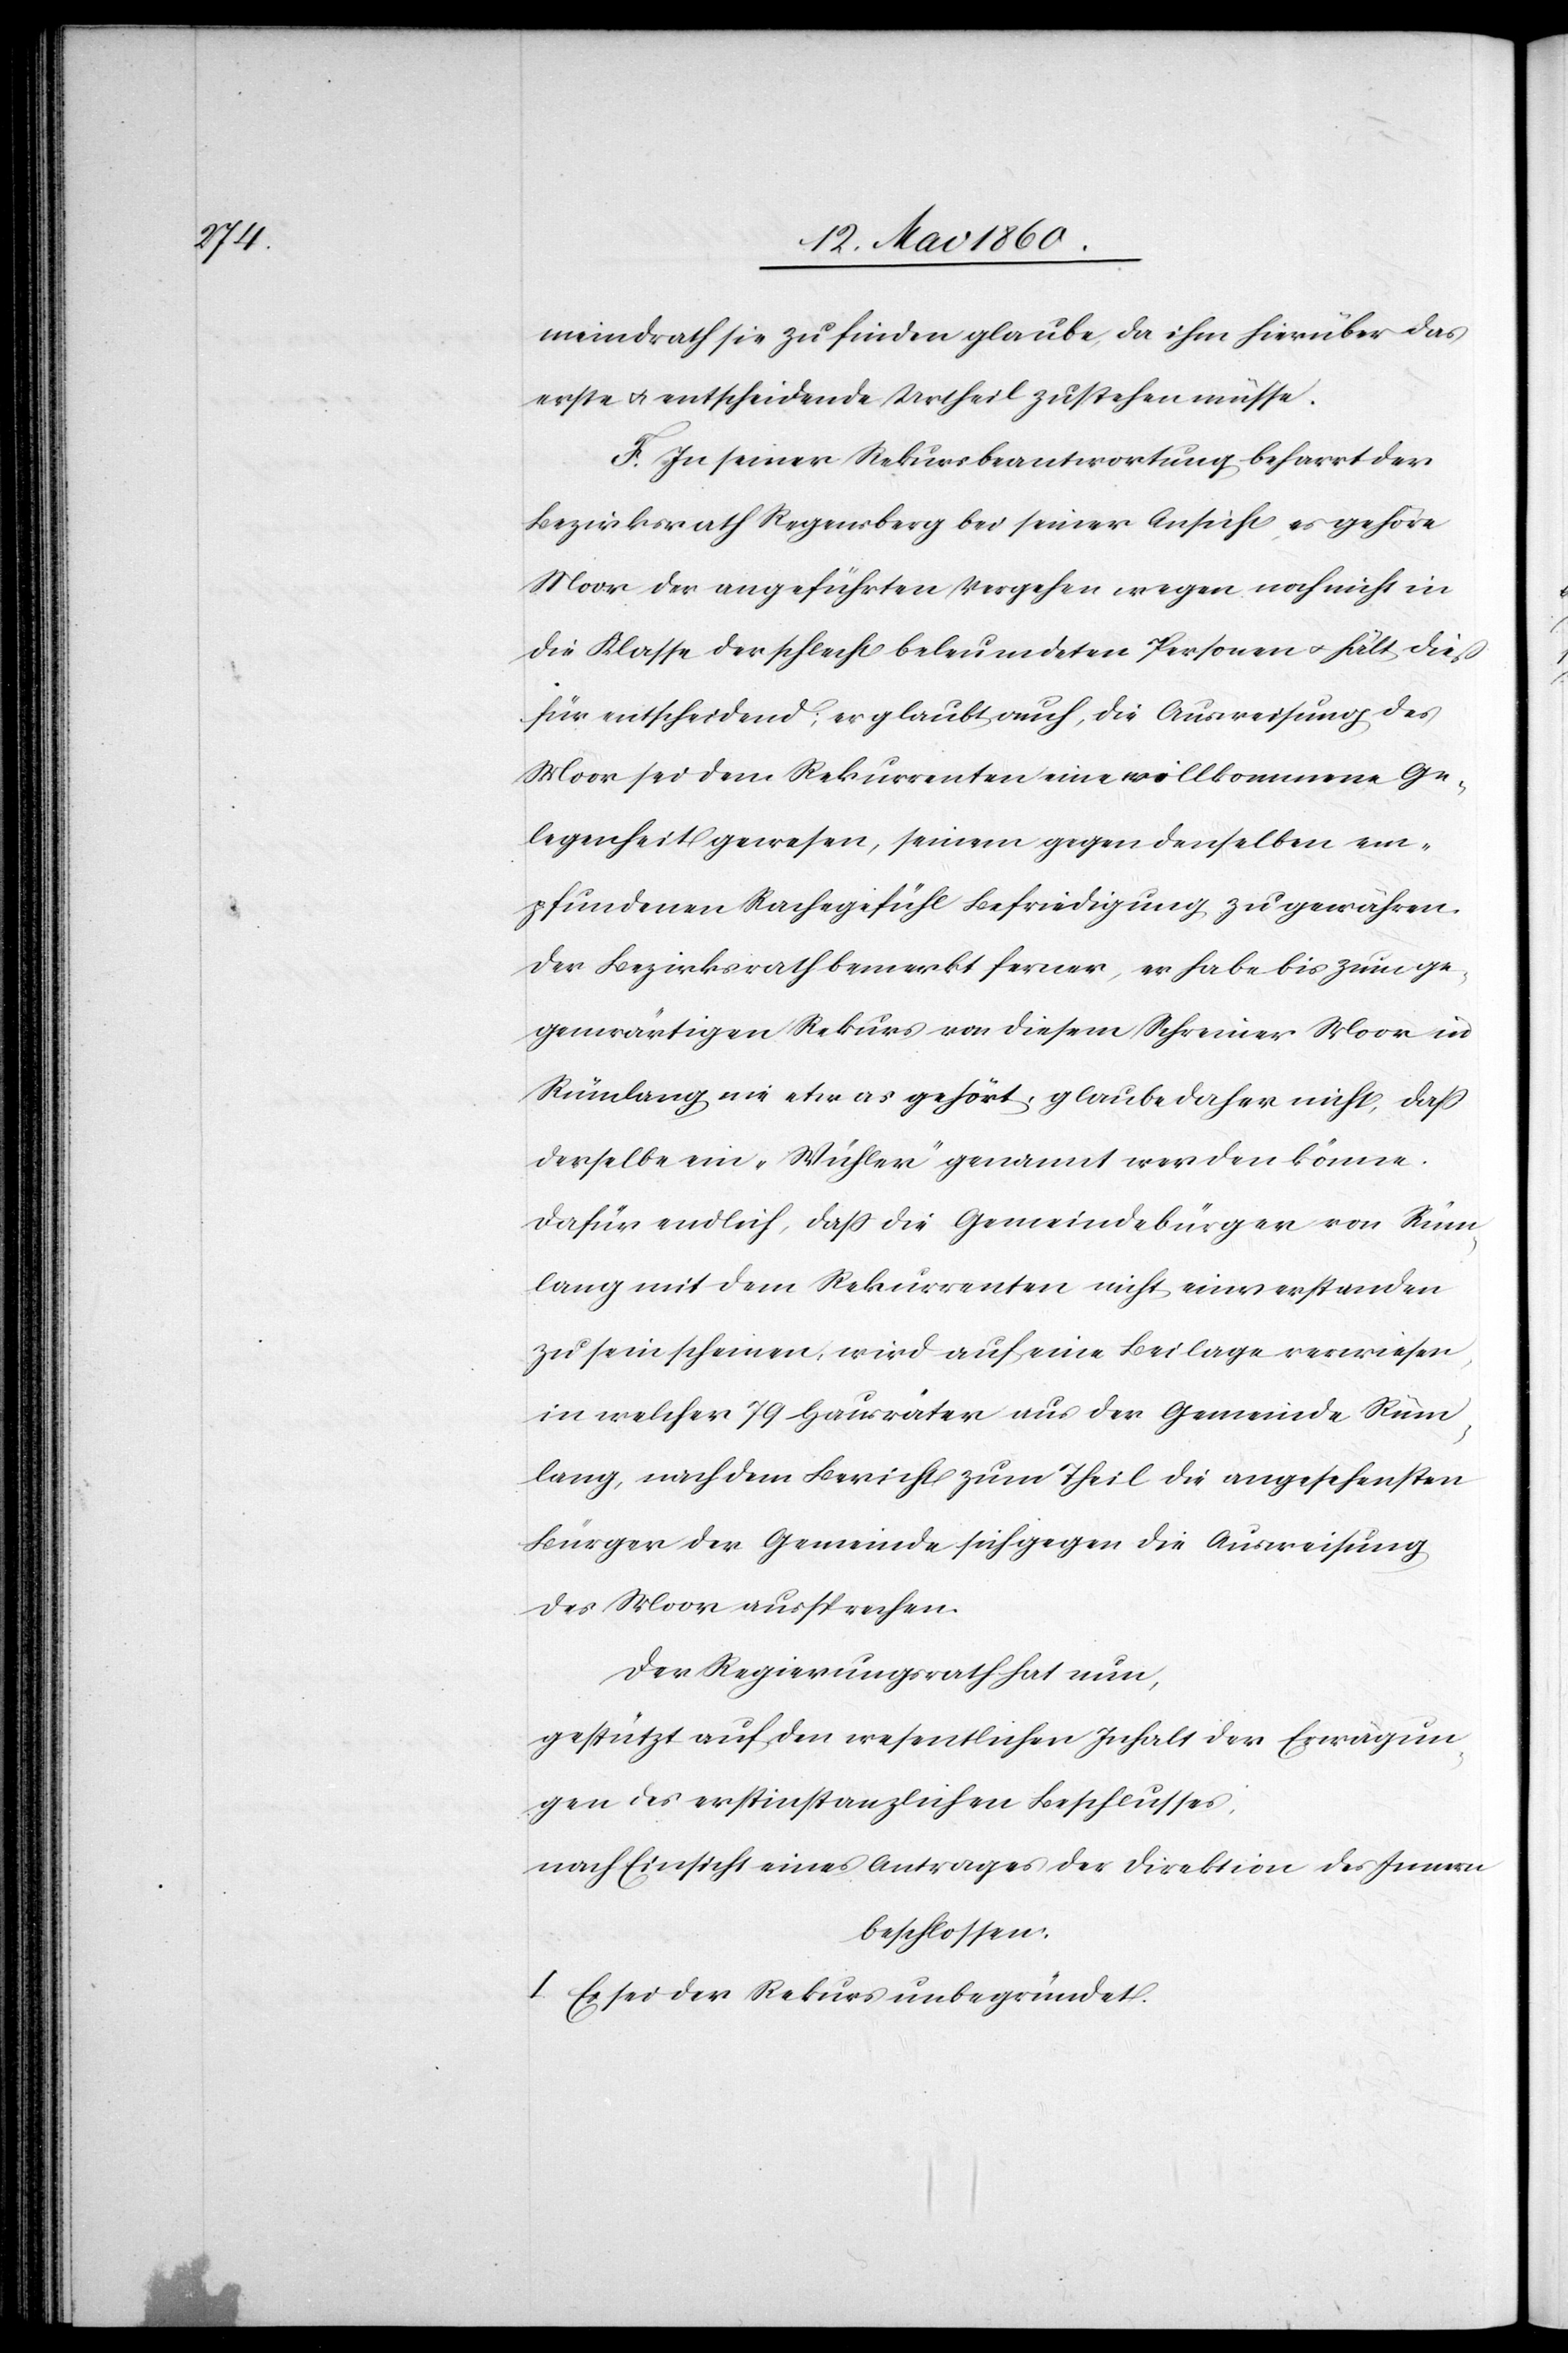
meindrath sie zu finden glaube, da ihm hierüber das
erste u. entscheidende Urtheil zustehen müsse.
F. In seiner Rekursbeantwortung beharrt der
Bezirksrath Regensberg bei seiner Ansicht, es gehöre
Moor der angeführten Vergehen wegen noch nicht in
die Klasse der schlecht beleumdeten Personen u. hält diess
für entscheidend; es glaubt auch, die Ausweisung des
Moor sei dem Rekurrenten eine willkommene Ge¬
legenheit gewesen, seinem gegen denselben em¬
pfundenen Nachgefühl Befriedigung zu gewähren.
Der Bezirksrath bemerkt ferner, er habe bis zum ge¬
genwärtigen Rekurs von diesem Schreiner Moor in
Rümlang nie etwas gehört, glaube daher nicht, dass
derselbe ein „Wühler“ genannt werden könne.
Dafür endlich dass die Gemeindebürger von Rüm¬
lang mit dem Rekurrenten nicht einverstanden
zu sein scheinen, wird auf eine Beilage verwiesen,
in welcher 79 Hausväter aus der Gemeinde Rüm¬
lang, nach dem Bericht zum Theil die angesehensten
Bürger der Gemeinde sich gegen die Ausweisung
des Moor aussprechen.
Der Regierungsrath hat nun,
gestützt auf den wesentlichen Inhalt der Erwägun¬
gen des erstinstanzlichen Beschlusses,
nach Einsicht eines Antrages der Direktion des Innern
beschlossen:
I. Es sei der Rekurs unbegründet.